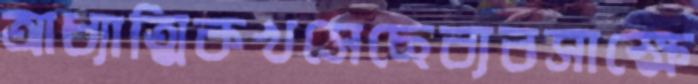
আধ্যাত্মিকখসেছেব্যবসাক্ষে